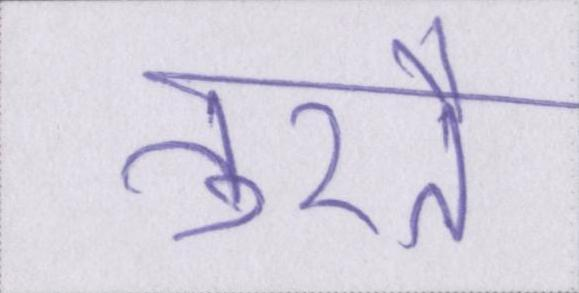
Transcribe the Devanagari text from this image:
तुरतै